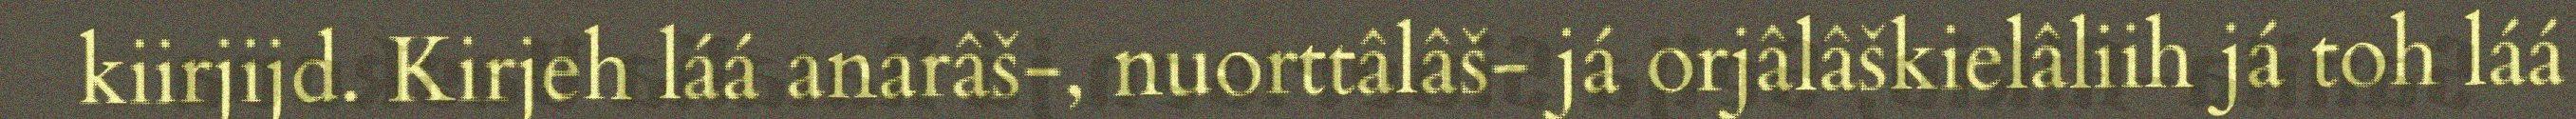
kiirjijd. Kirjeh láá anarâš-, nuorttâlâš- já orjâlâškielâliih já toh láá